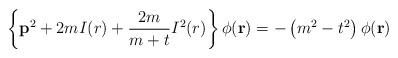
LaTeX: \begin{align*}\left\{{\bf p}^2+2mI(r)+\frac {2m}{m+t}I^2(r)\right\}\phi ({\bf r})=-\left(m^2-t^2\right)\phi ({\bf r})\end{align*}